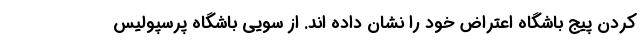
کردن پیج باشگاه اعتراض خود را نشان داده اند. از سویی باشگاه پرسپولیس